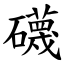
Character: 礣